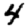
Digit: 4